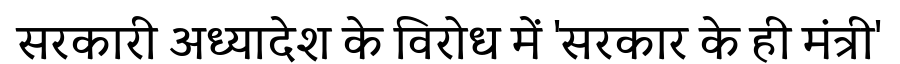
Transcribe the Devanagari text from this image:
सरकारी अध्यादेश के विरोध में 'सरकार के ही मंत्री'